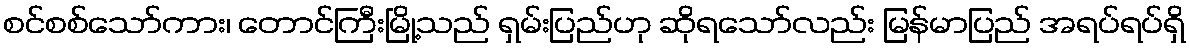
စင်စစ်သော်ကား၊ တောင်ကြီးမြို့သည် ရှမ်းပြည်ဟု ဆိုရသော်လည်း မြန်မာပြည် အရပ်ရပ်ရှိ